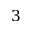
3